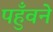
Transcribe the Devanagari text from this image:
पहुँवने